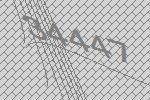
34447